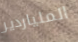
الملياردير